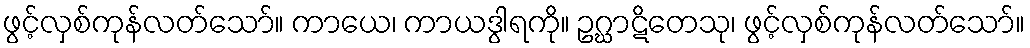
ဖွင့်လှစ်ကုန်လတ်သော်။ ကာယေ၊ ကာယဒွါရကို။ ဥဂ္ဃာဋိတေသု၊ ဖွင့်လှစ်ကုန်လတ်သော်။